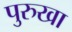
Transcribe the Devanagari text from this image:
पुरुखा